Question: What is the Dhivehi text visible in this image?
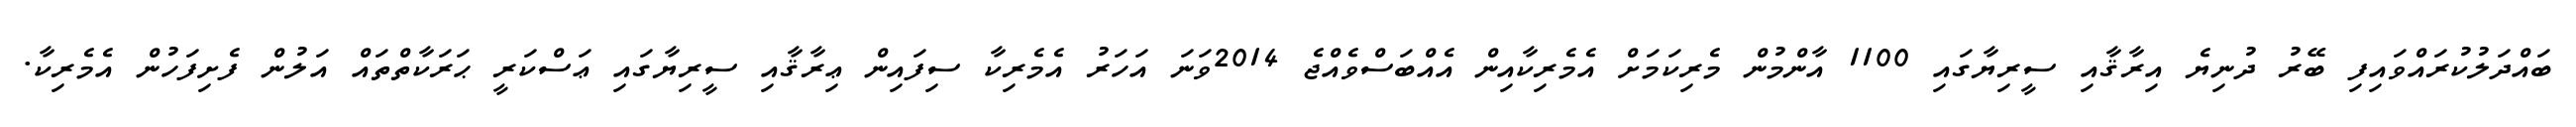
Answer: ބައްދަލުކުރައްވައިފި ބޭރު ދުނިޔެ އިރާޤާއި ސީރިޔާގައި 1100 އާންމުން މެރިކަމަށް އެމެރިކާއިން އެއްބަސްވެއްޖެ 2014ވަނަ އަހަރު އެމެރިކާ ސިފައިން ޢިރާޤާއި ސީރިޔާގައި ޢަސްކަރީ ޙަރަކާތްތައް އަލުން ފެށިފަހުން އެމެރިކާ.